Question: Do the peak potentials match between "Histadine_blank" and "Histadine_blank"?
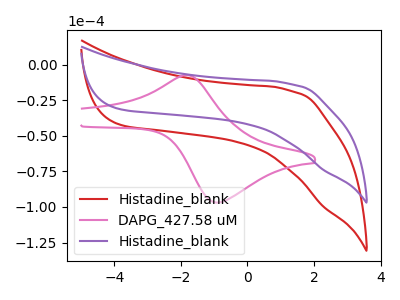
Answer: <think>The red curve "Histadine_blank" has no peaks. The pink curve "DAPG_427.58 uM" has an anodic peak at (-1.85V, -7.35uA) and a cathodic peak at (-0.85V, -96.90uA). The purple curve "Histadine_blank" has no peaks.</think>
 <answer>Niether CV has any peaks.</answer>
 <eval>blanks</eval>